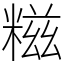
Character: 糍